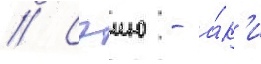
// Сэию - а́к'и